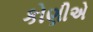
કોણીએ